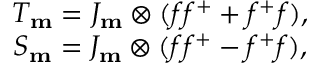
\begin{array} { c c c c } { { T _ { \bf m } = J _ { \bf m } \otimes ( f f ^ { + } + f ^ { + } f ) , } } \\ { { S _ { \bf m } = J _ { \bf m } \otimes ( f f ^ { + } - f ^ { + } f ) , } } \end{array}